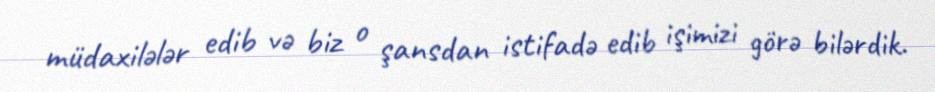
müdaxilələr edib və biz o şansdan istifadə edib işimizi görə bilərdik.